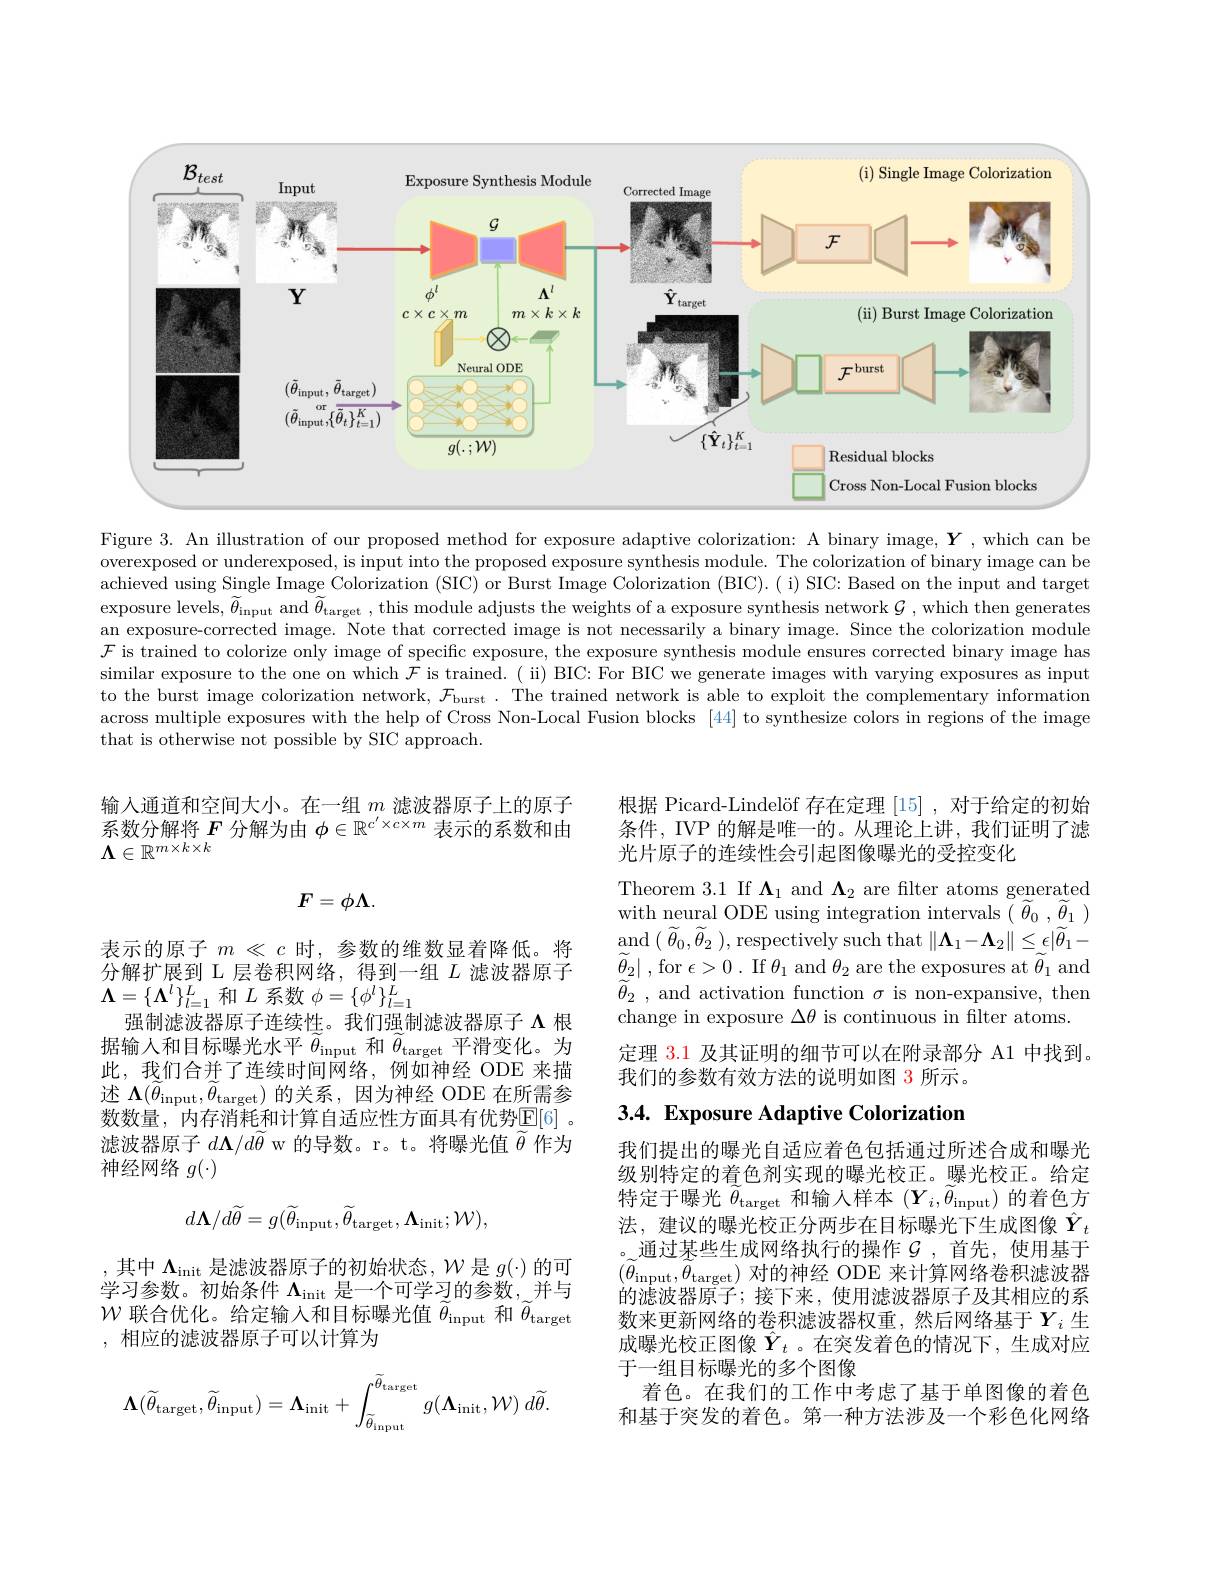
<FigureHere>

Figure 3. An illustration of our proposed method for exposure adaptive colorization: A binary image, $\boldsymbol{Y}$ ,which can be overexposed or underexposed, is input into the proposed exposure synthesis module. The colorization of binary image can be achieved using Single Image Colorization (SIC) or Burst Image Colorization (BIC). ( i) SIC: Based on the input and target exposure levels, $\widetilde{\theta}_{\mathrm{input~and~}}\widetilde{\theta}_{\mathrm{target~}}$, this module adjusts the weights of a exposure synthesis network $\mathcal{G}$, which then generates an exposure-corrected image. Note that corrected image is not necessarily a binary image. Since the colorization module $\mathcal{F}$ is trained to colorize only image of specific exposure, the exposure synthesis module ensures corrected binary image has similar exposure to the one on which $\mathcal{F}$ is trained. ( ii) BIC: For BIC we generate images with varying exposures as input to the burst image colorization network, $\mathcal{F}_\text{burst . The trained network is able to exploit the complementary information}$ across multiple exposures with the help of Cross Non-Local Fusion blocks [44] to synthesize colors in regions of the image that is otherwise not possible by SIC approach.

根据 Picard-Lindelöf 存在定理[15] ,对于给定的初始条件，IVP 的解是唯一的。从理论上讲，我们证明了滤光片原子的连续性会引起图像曝光的受控变化

输入通道和空间大小。在一组$m$滤波器原子上的原子系数分解将$F$分解为由$\phi\in\mathbb{R}^{c^{\prime}\times c\times m}$表示的系数和由$\boldsymbol{\Lambda}\in\mathbb{R}^{m\times k\times k}$
$$F=\phi\Lambda.$$
Theorem 3.1 If $\Lambda_1$ and $\Lambda_2$ are filter atoms generated $\underset {\sim }{\operatorname* { \operatorname* { and} } }($ $\widetilde{\theta } _{0}, \widetilde{\theta } _{2}$ ),respectively such that$\left\|\boldsymbol\Lambda_{1}-\boldsymbol\Lambda_{2}\right\|\leq\epsilon|\widetilde{\theta}_{1}-$ $\widetilde{\theta } _{2}|$ ,for $\epsilon > 0$ .If $\theta_1$ and $\theta_2$ are the exposures at $\widetilde{\theta}_{1}$ and $\widetilde{\theta } _{2}$ , and activation function $\sigma$ is non-expansive, then change in exposure $\Delta\theta$ is continuous in filter atoms.
定理 3.1 及其证明的细节可以在附录部分 A1 中找到。
我们的参数有效方法的说明如图 3 所示。

表示的原子$m\ll c$时，参数的维数显着降低。将分解扩展到 L 层卷积网络，得到一组$L$滤波器原子$\boldsymbol{\Lambda}=\{\boldsymbol{\Lambda}^l\}_{l=1}^L$和$L$系数$\phi=\{\phi^l\}_l=1^L$
强制滤波器原子连续性。我们强制滤波器原子$\Lambda$根据输入和目标曝光水平$\widetilde{\theta}_\mathrm{input}$和$\widetilde{\theta}_\mathrm{target}$平滑变化。为此，我们合并了连续时间网络，例如神经 ODE 来描述$\Lambda(\widetilde{\theta}_{\mathrm{input}},\widetilde{\theta}_{\mathrm{target}})$的关系，因为神经 ODE 在所需参数数量，内存消耗和计算自适应性方面具有优势$\mathbb{E}[6]$ 。滤波器原子$d\boldsymbol\Lambda/d\widetilde{\theta}$ w 的导数。r。t。将曝光值$\widetilde{\theta}$作为神经网络$g(\cdot)$

# 3.4. Exposure Adaptive Colorization
$$d\boldsymbol{\Lambda}/d\widetilde{\theta}=g(\widetilde{\theta}_{\mathrm{input}},\widetilde{\theta}_{\mathrm{target}},\boldsymbol{\Lambda}_{\mathrm{init}};\mathcal{W}),$$
我们提出的曝光自适应着色包括通过所述合成和曝光级别特定的着色剂实现的曝光校正。曝光校正。给定特定于曝光$\widetilde\theta_\mathrm{target}$和输入样本$(Y_i,\widetilde\theta_\mathrm{input})$的着色方法，建议的曝光校正分两步在目标曝光下生成图像$\hat{Y}_t$ 。通过某些生成网络执行的操作$\mathcal{G}$,首先，使用基于$(\tilde{\theta}_{\mathrm{input}},\tilde{\theta}_{\mathrm{target}})$对的神经 ODE 来计算网络卷积滤波器的滤波器原子；接下来，使用滤波器原子及其相应的系数来更新网络的卷积滤波器权重，然后网络基于$Y_i$ 生成曝光校正图像$\hat{\boldsymbol{Y}}_t$ 。在突发着色的情况下，生成对应于一组目标曝光的多个图像
着色。在我们的工作中考虑了基于单图像的着色和基于突发的着色。第一种方法涉及一个彩色化网络

,其中$\Lambda_\mathrm{init}$是滤波器原子的初始状态$,\mathcal{W}$是 $g(\cdot)$ 的可学习参数。初始条件$\Lambda_\mathrm{init}$是一个可学习的参数，并与$\mathcal{W}$联合优化。给定输入和目标曝光值$\tilde{\theta}_\mathrm{input}$和$\tilde{\theta}_\mathrm{target}$ ,相应的滤波器原子可以计算为
$$\boldsymbol{\Lambda}(\widetilde{\theta}_{\mathrm{target}},\widetilde{\theta}_{\mathrm{input}})=\boldsymbol{\Lambda}_{\mathrm{init}}+\int_{\widetilde{\theta}_{\mathrm{input}}}^{\widetilde{\theta}_{\mathrm{target}}}g(\boldsymbol{\Lambda}_{\mathrm{init}},\mathcal{W})\:d\widetilde{\theta}.$$